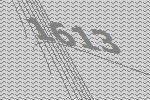
1613